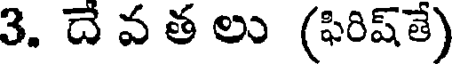
3. దే వ త లు (ఫిరిష్తే)